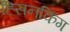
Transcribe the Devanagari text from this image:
ह्सिनकिंग